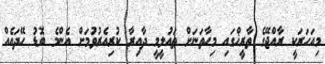
މިއަހަރަކީ ރާއްޖޭގެ ތާރީޚްގައި މިހާތަނަށް ތައުލީމީ ދާއިރާ ކުރިއެރުވުމަށް އެންމެ ބޮޑު ހޭދައެއް